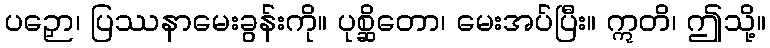
ပဉှော၊ ပြဿနာမေးခွန်းကို။ ပုစ္ဆိတော၊ မေးအပ်ပြီး။ ဣတိ၊ ဤသို့။